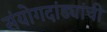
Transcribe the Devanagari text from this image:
संयोगदांड्यांची